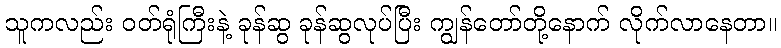
သူကလည်း ဝတ်ရုံကြီးနဲ့ ခုန်ဆွ ခုန်ဆွလုပ်ပြီး ကျွန်တော်တို့နောက် လိုက်လာနေတာ။